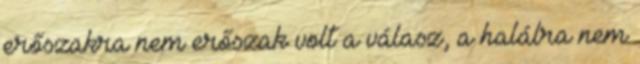
erőszakra nem erőszak volt a válasz, a halálra nem